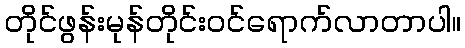
တိုင်ဖွန်းမုန်တိုင်းဝင်ရောက်လာတာပါ။